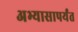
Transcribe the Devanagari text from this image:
अभ्यासापर्यंत